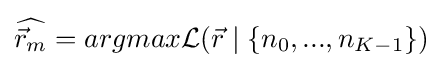
{\widehat {{\vec {r}}_{m}}}=argmax{\mathcal {L}}({\vec {r}}\mid \{n_{0},...,n_{K-1}\})